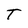
Character: T